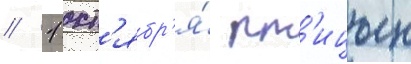
// 1 окт'ябр'я́ пт'ицын